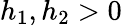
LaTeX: h_{1},h_{2}>0